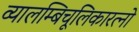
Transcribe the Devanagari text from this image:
व्यालम्बिचूलिकारत्नो